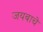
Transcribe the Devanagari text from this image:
जयबाचे